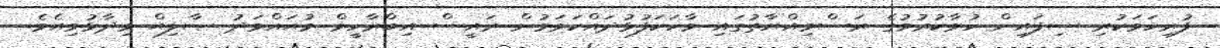
ފުރިހަމަކުރި ސިފައިން ހުވާކުރުމުގެ ރަސްމިއްޔާތުގައި ވާހަކަފުޅުދައްކަވަމުން ރައީސް އިބްރާހީމް މުޙައްމަދު ޞާލިޙް ވިދާޅުވިއެވެ.